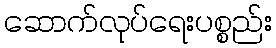
ဆောက်လုပ်ရေးပစ္စည်း